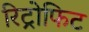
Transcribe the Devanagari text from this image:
रिट्रोफिट